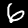
Digit: 6